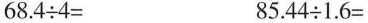
$$6 8 . 4 \div 4 =$$ $$8 5 . 4 4 \div 1 . 6 =$$